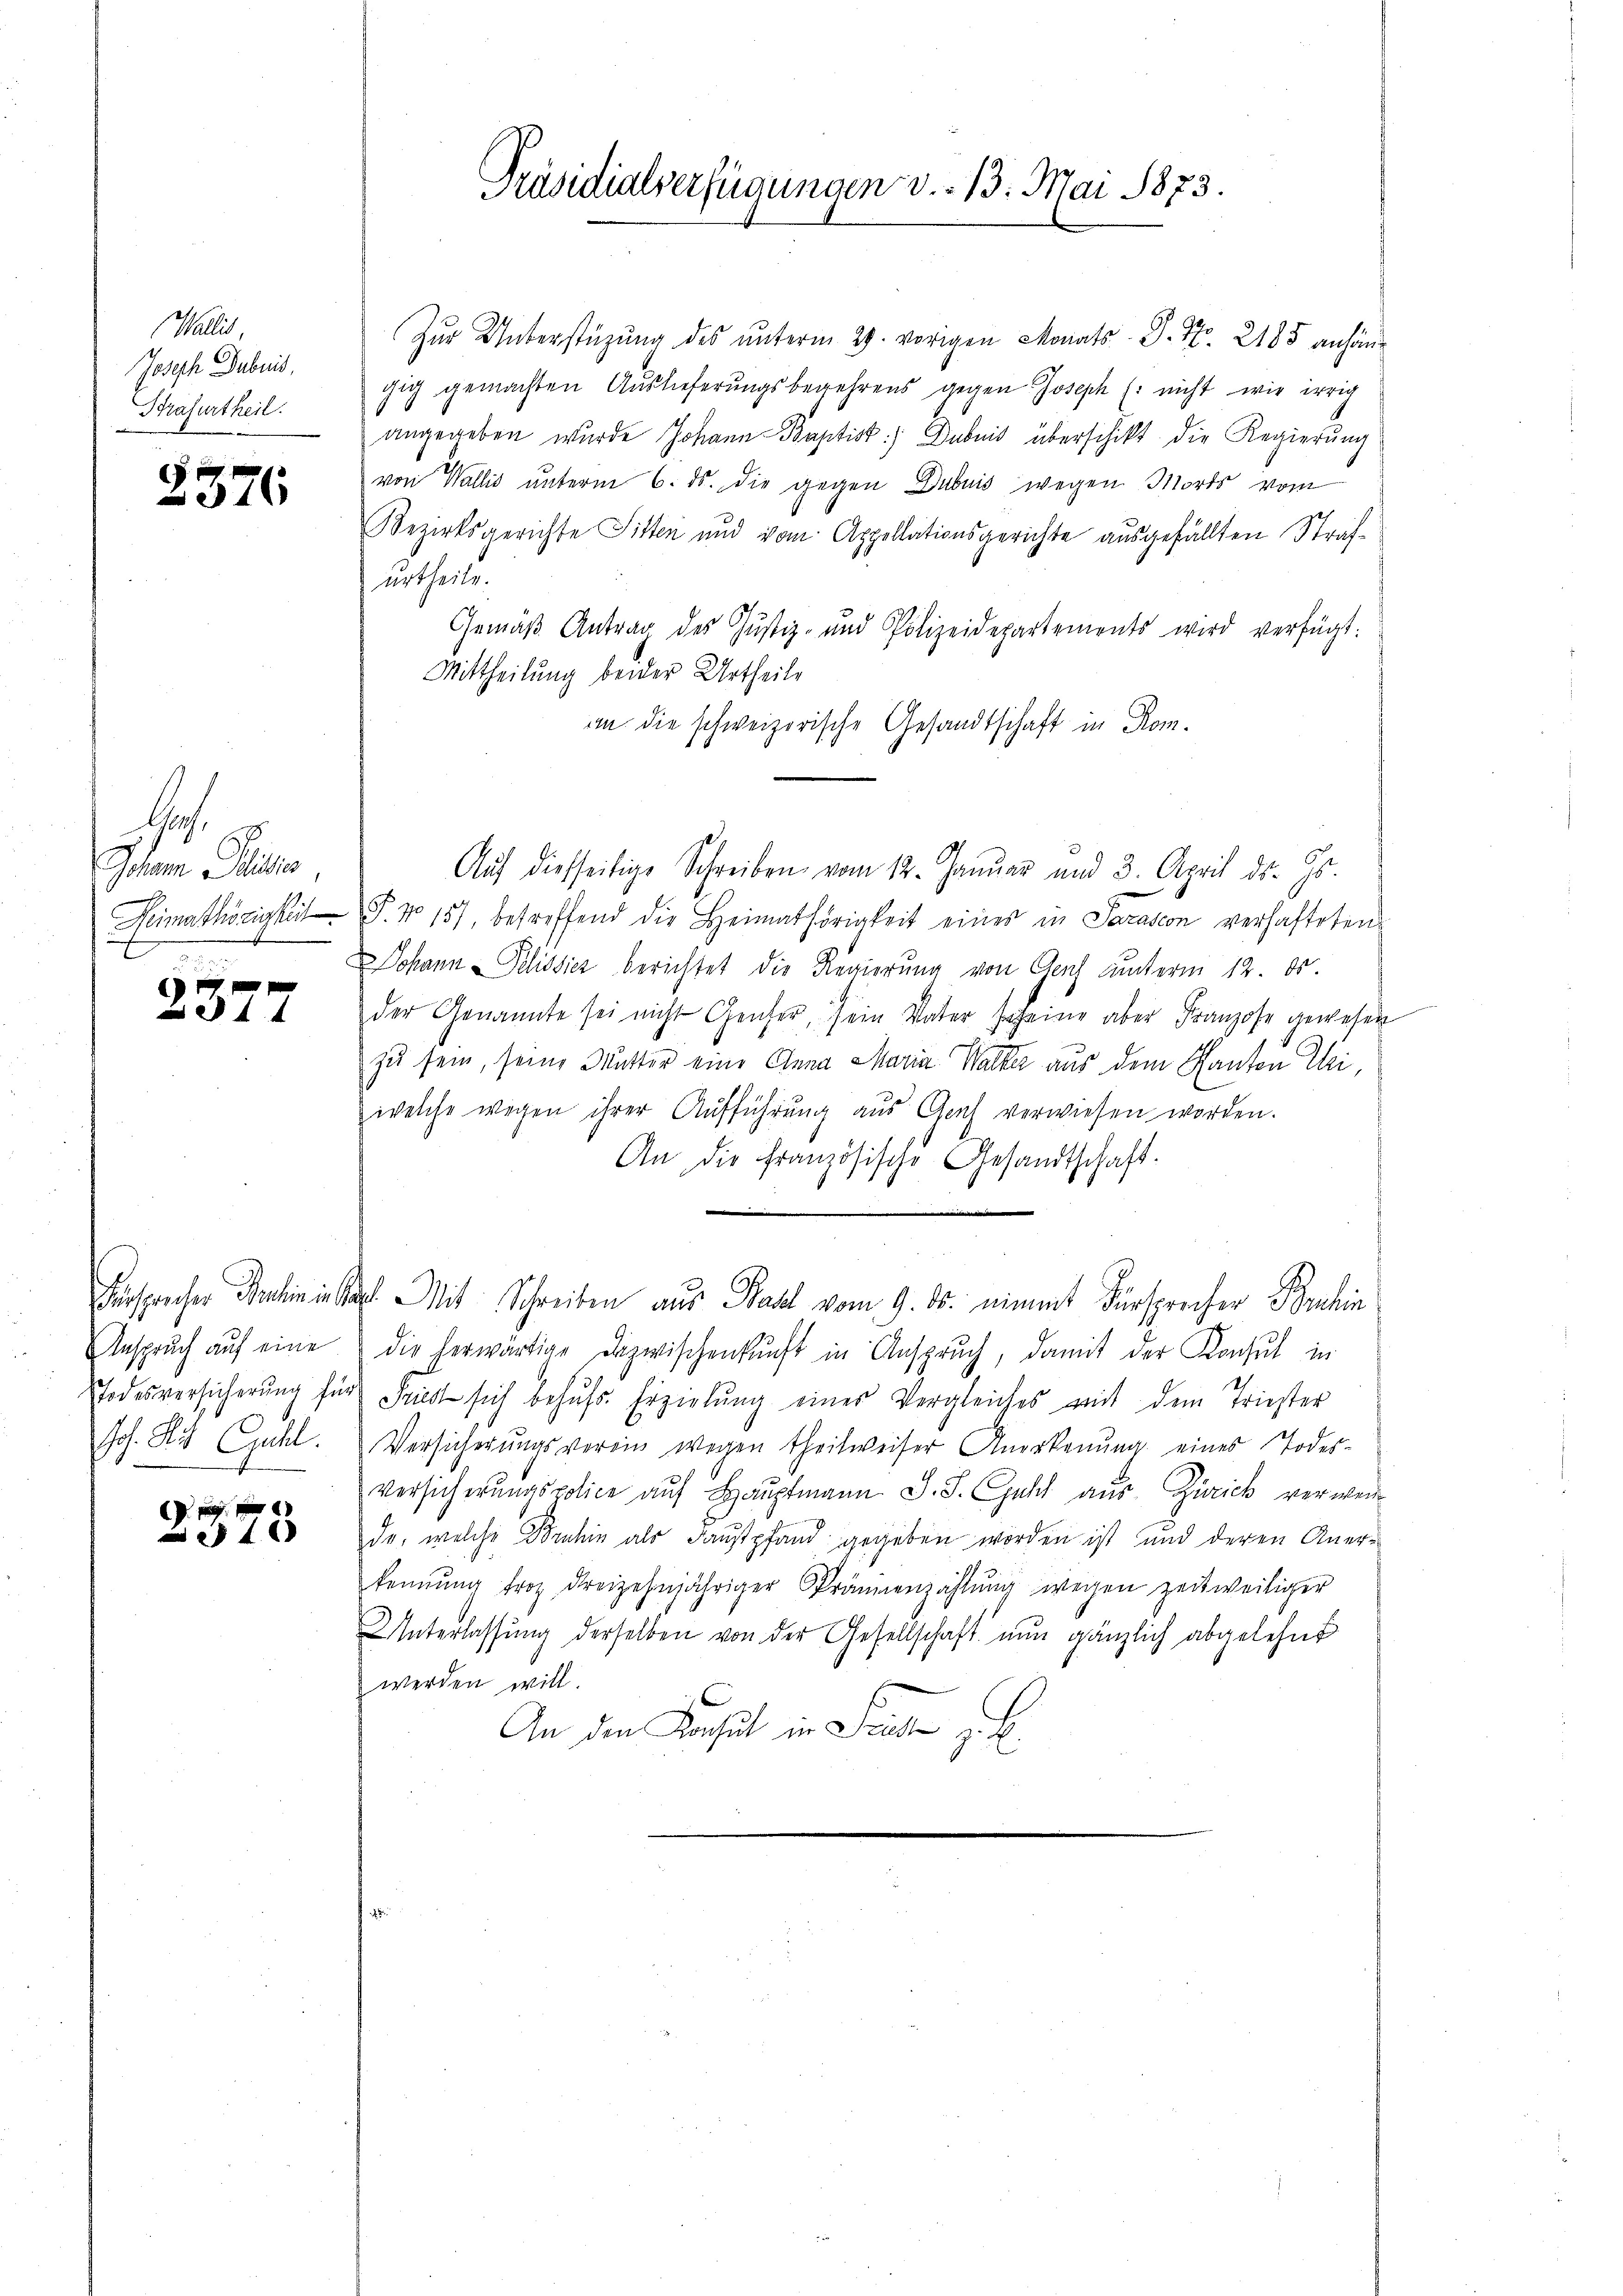
Wallis,
Joseph Dubnis,
Strafurtheil.

2376

lach.
Gham Plater
Heimathörigkeit
n

2377

Anspruch auf eine
Joh. Mit Guhl.

2375

Präsidialverfügungen v. 13. Mai 1873.

Zur Unterstüzung des unterm 29. vorigen Monats P. Nr. 2185 anhängig gemachten Auslieferungsbegehrens gegen Joseph (: nicht wie irrig
angegeben wurde Johann Baptist Dubnis überschikt die Regierung
von Wallis unterm 6. ds. die gegen Dubuis wegen Morts vom
Bezirksgerichte Sitten und vom Appellationsgerichte ausgefällten Strafurtheils.
Gemäß Antrag des Justiz- und Polizeidepartements wird verfügt:
Mittheilung beider Urtheile
an die schweizerische Gesandtschaft in Kom¬
Auf diesseitige Schreiben vom 12. Januar und 3. April ds. Gs.
F. No 157, betreffend die Heimathörigkeit eines in Sarasion verhafteten
Johann Pelissich berichtet die Regierung von Genf unterm 12. ds.
der Genannte sei nicht Genfer, sein Vater scheine aber Franzose gewesen
zu sein, seine Mutter eine Anna Maria Walter aus dem Kanton Uri,
welche wegen ihrer Aufführung aus Graf verwiesen worden.
An die Französische Gesandtschaft.
Fürsprecher Rechniker Mit Schreiben aus Ball vom 9. ds. nimmt Fürsprecher Bruhin
die herwärtige Dazwischenkunft in Anspruch, damit der Konsul in
Todesversicherung für Friest sich behŭfs Erzielung einer Vergleiches mit dem Triester
Versicherŭngsverein wegen theilweiser Anerkennung eines Todes-
versicherŭngspolice aŭf Haŭptmann J. J. Guhl aŭs Zürich verwei
de, welche Bruhin als Faustpfand gegeben worden ist und deren Anerkennung froh dreizehnjähriger Prämienzahlŭng wegen zeitweiliger
Unterlassŭng derselben von der Gesellschaft nun gänzlich abgelehnt
werden will.
An den Konsul in Frage zu